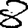
Digit: 8